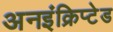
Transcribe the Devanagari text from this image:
अनइंक्रिप्टेड